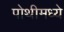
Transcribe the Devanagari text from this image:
पोथीमध्ये